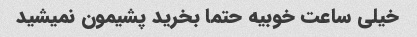
خیلی ساعت خوبیه حتما بخرید پشیمون نمیشید